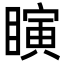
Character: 瞚